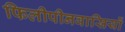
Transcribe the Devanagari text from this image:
फिलीपीनवासियों